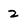
Character: 2